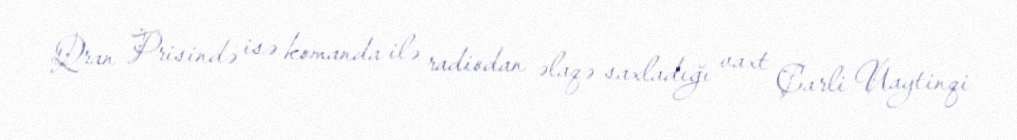
Qran Prisində isə komanda ilə radiodan əlaqə saxladığı vaxt Çarli Uaytinqi